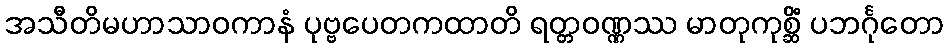
အသီတိမဟာသာဝကာနံ ပုဗ္ဗပေတကထာတိ ရတ္တဝဏ္ဏဿ မာတုကုစ္ဆိံ ပဘင်္ဂုတော